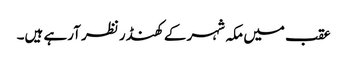
عقب میں مکہ شہر کے کھنڈر نظر آرہے ہیں۔